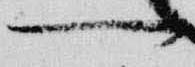
一